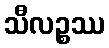
သီလဉ္စဿ